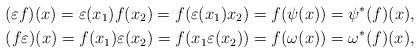
LaTeX: \begin{gather*} (\varepsilon f)(x) = \varepsilon (x_1) f(x_2) = f(\varepsilon (x_1) x_2) =f(\psi(x)) = \psi^*(f)(x), \\ (f \varepsilon )(x) = f(x_1) \varepsilon (x_2) = f(x_1 \varepsilon (x_2))= f(\omega(x)) = \omega^*(f)(x),\end{gather*}